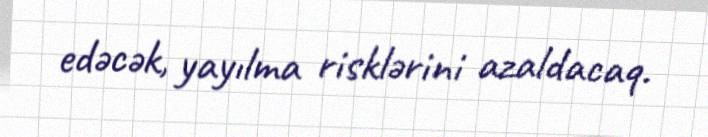
edəcək, yayılma risklərini azaldacaq.